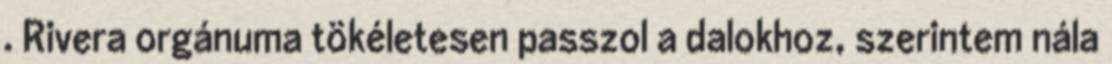
. Rivera orgánuma tökéletesen passzol a dalokhoz, szerintem nála